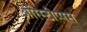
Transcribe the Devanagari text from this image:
अरिस्टीप्पस